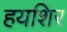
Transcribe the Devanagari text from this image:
हयशिर